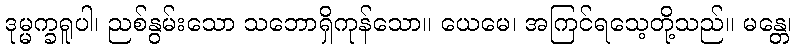
ဒုမ္မက္ခရူပါ၊ ညစ်နွမ်းသော သဘောရှိကုန်သော။ ယေမေ၊ အကြင်ရသေ့တို့သည်။ မန္တေ၊